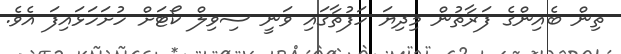
ތިން ބެއިންގެ ފަރާތުން މިދިޔަ ހަފުތާގައި ވަނީ ސިވިލް ކޯޓަށް ހުށަހަޅައިފަ އެވެ.